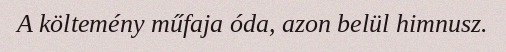
A költemény műfaja óda, azon belül himnusz.